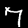
Digit: 7